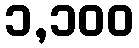
၁,၁၀၀